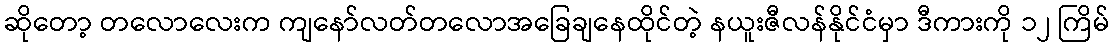
ဆိုတော့ တလောလေးက ကျနော်လတ်တလောအခြေချနေထိုင်တဲ့ နယူးဇီလန်နိုင်ငံမှာ ဒီကားကို ၁၂ ကြိမ်